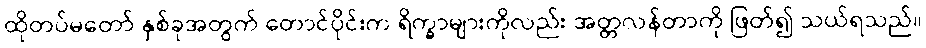
ထိုတပ်မတော် နှစ်ခုအတွက် တောင်ပိုင်းက ရိက္ခာများကိုလည်း အတ္တလန်တာကို ဖြတ်၍ သယ်ရသည်။